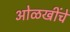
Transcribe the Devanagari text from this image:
ओळखींचे